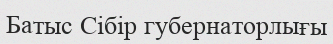
Батыс Сібір губернаторлығы